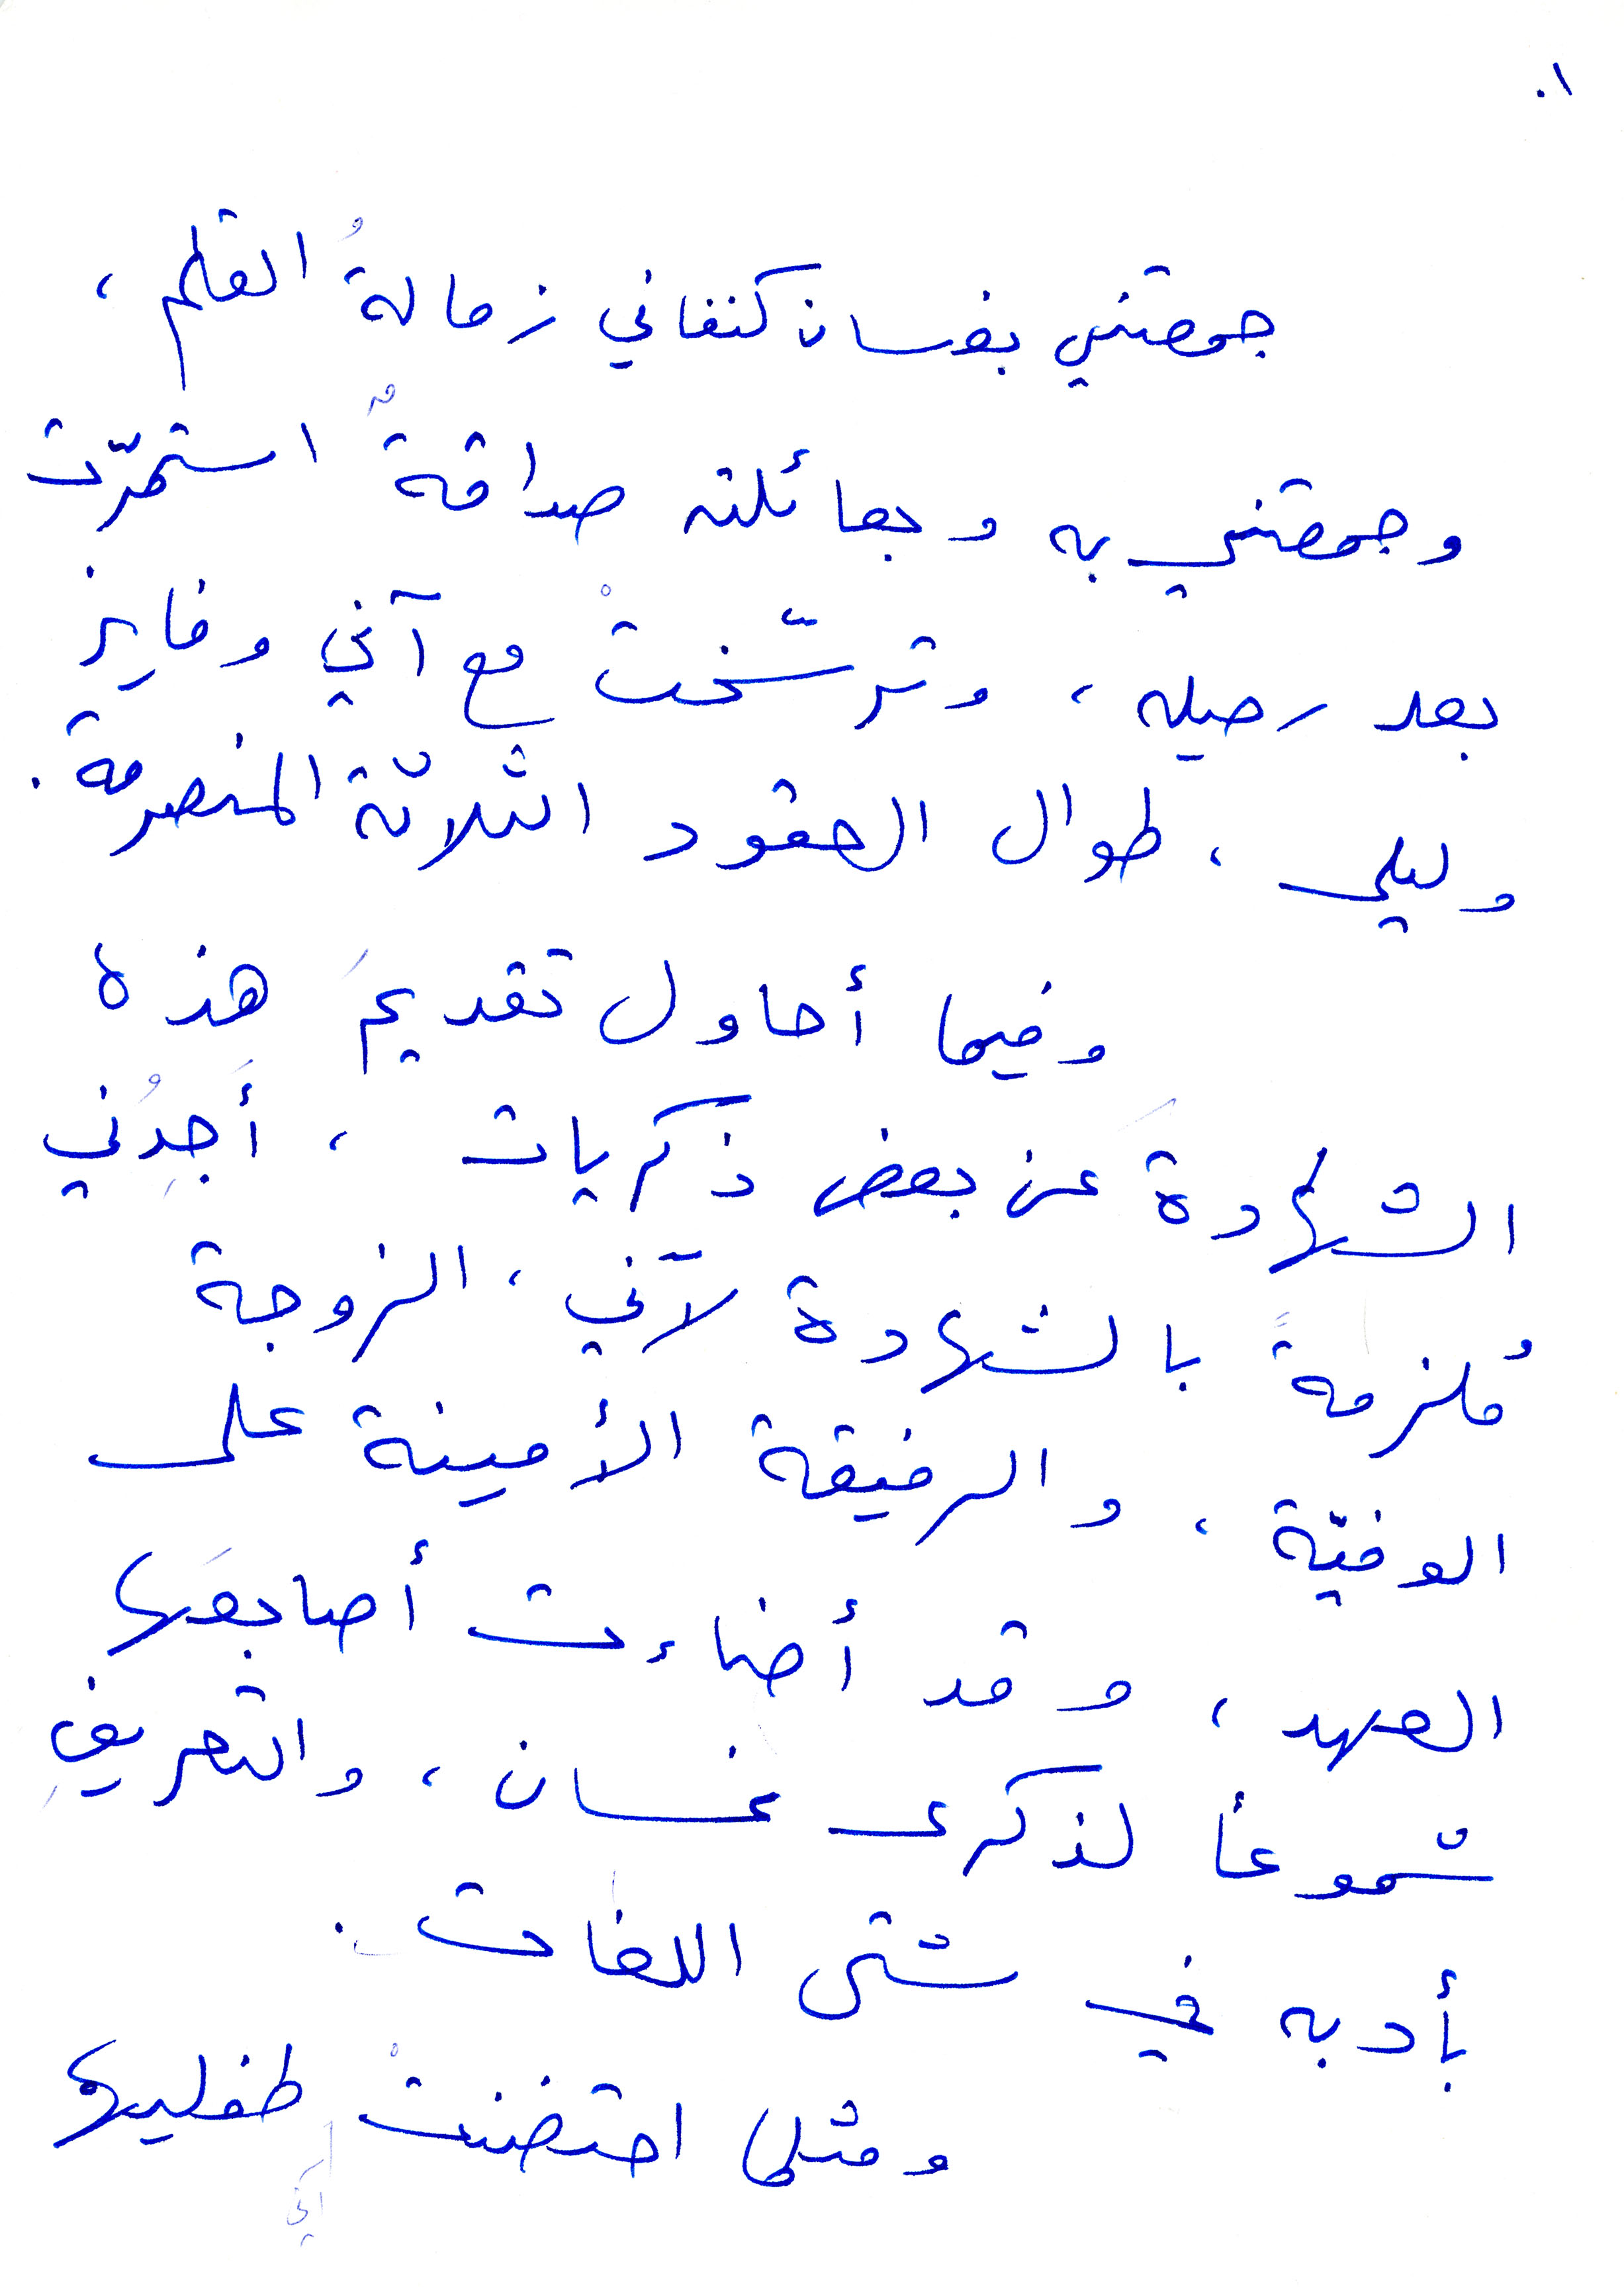
جمعتني بغسان كنفاني زمالة القلم
وجمعتني به وبعائلته صداقة استمرت
بعد رحيله، وترسّخت مع آني وفايز
وليلى. طوال العقود الثلاثة المنصرمة.
رفيما أحاول تقديم هذه
الشهادة عن بعض ذكريات، اجدني
ملزمة بالشهادة لآني الزوجة
الوفيّة. والرفيقة الأمينة على
العهد، وقد أضاءت اسابعها
شموعًا لذكرى غسان، والتعريف
بأدبه في شتى اللغات.
ومثلا احتضنت طفليهما